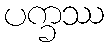
ပက္ခဿ